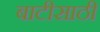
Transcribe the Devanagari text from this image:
बाटीसाठी